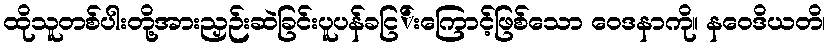
ထိုသူတစ်ပါးတို့အားညှဉ်းဆဲခြင်းပူပန်ခငြ်းကြောင့်ဖြစ်သော ဝေဒနာကို။ နဝေဒိယတိ၊